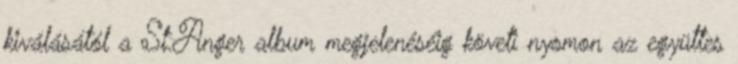
kiválásától a St.Anger album megjelenéséig követi nyomon az együttes